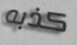
كذبه